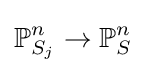
\mathbb {P} _{S_{j}}^{n}\to \mathbb {P} _{S}^{n}